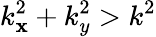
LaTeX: k_{\mathbf{x}}^{2}+k_{y}^{2}>k^{2}